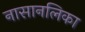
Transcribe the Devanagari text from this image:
नासानलिका